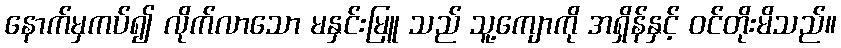
နောက်မှကပ်၍ လိုက်လာသော မနှင်းမြူ သည် သူ့ကျောကို အရှိန်နှင့် ဝင်တိုးမိသည်။